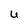
Character: U